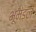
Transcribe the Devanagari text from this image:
भूमंड़ल